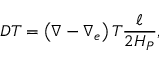
D T = \left( \nabla - \nabla _ { e } \right) T { \frac { \ell } { 2 H _ { P } } } ,